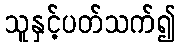
သူနှင့်ပတ်သက်၍